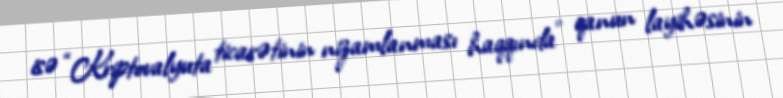
isə “Kriptovalyuta ticarətinin nizamlanması haqqında” qanun layihəsinin